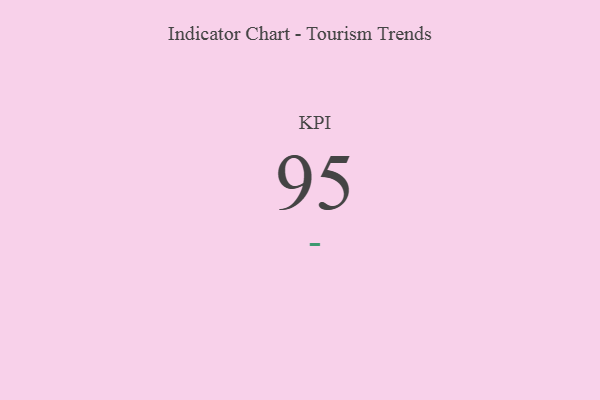
{"axis": {"x": "KPI", "y": "Value"}, "legend": [""], "data": [{"x": "KPI", "y": 95, "type": ""}]}